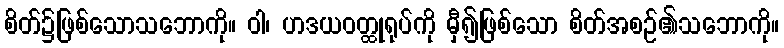
စိတ်၌ဖြစ်သောသဘောကို။ ဝါ၊ ဟဒယဝတ္ထုရုပ်ကို မှီ၍ဖြစ်သော စိတ်အစဉ်၏သဘောကို။